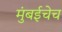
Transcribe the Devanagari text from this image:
मुंबईचेच